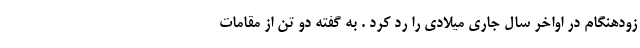
زودهنگام در اواخر سال جاری میلادی را رد کرد . به گفته دو تن از مقامات